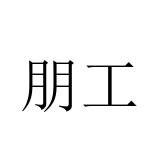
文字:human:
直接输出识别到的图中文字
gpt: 朋工